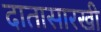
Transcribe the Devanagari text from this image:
दातासारखी